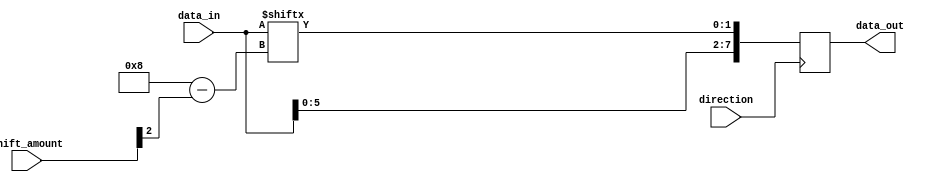
module barrel_shifter (
    input wire [7:0] data_in,
    input wire [2:0] shift_amount,
    input wire direction,
    output reg [7:0] data_out
);

reg [7:0] shift_reg;

always @ (posedge direction)
begin
    if (direction) // Right shift
        shift_reg <= {data_in[7-shift_amount[2]:0], data_in[7:8-shift_amount[2]]};
    else // Left shift
        shift_reg <= {data_in[shift_amount[2]:7], data_in[0:shift_amount[2]-1]};
end

assign data_out = shift_reg;

endmodule